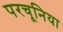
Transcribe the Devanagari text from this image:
परचूनिया